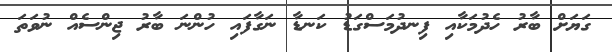
ގަޔަށް ބާރު ހެދުމަކާއި ފިނދުމަސްގަޑު ކަނޑާ ނަގާފައި ހުންނަ ބާރު ޖިންސެއް ނުވަތަ